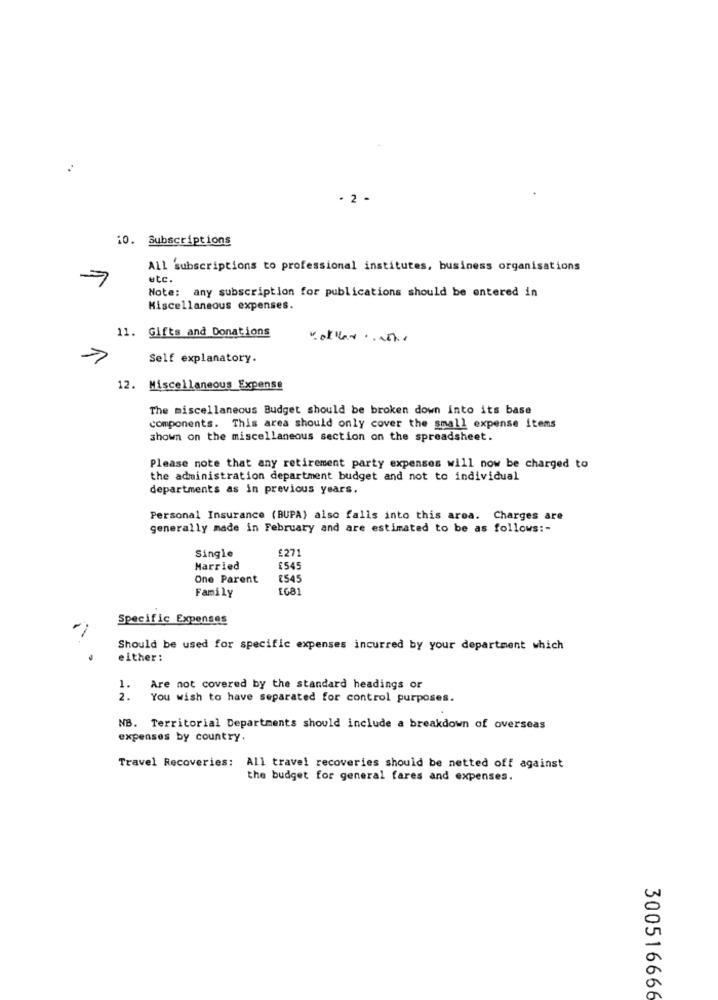
· 2 -
10. Subscriptions
All subscriptions to professional institutes, business organisations
etc.
Note: any subscription for publications should be entered in
Miscellaneous expenses.
11. Gifts and Donations
Self explanatory.
12. Miscellaneous Expense
The miscellaneous Budget should be broken down into its base
components. This area should only cover the small expense items
shown on the miscellaneous section on the spreadsheet.
Please note that any retirement party expenses will now be charged to
the administration department budget and not to individual
departments as in previous years.
Personal Insurance (BUPA) also falls into this area. Charges are
generally made in February and are estimated to be as follows :-
Single
£271
Married
£545
One Parent
£545
Family
[G81
Specific Expenses
Should be used for specific expenses incurred by your department which
either :
1.
Are not covered by the standard headings or
2.
You wish to have separated for control purposes.
NB. Territorial Departments should include a breakdown of overseas
expenses by country.
Travel Recoveries:
All travel recoveries should be netted off against
the budget for general fares and expenses.
300516666